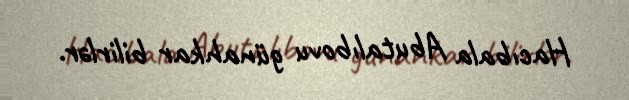
Hacıbala Abutalıbovu günahkar bilirlər.